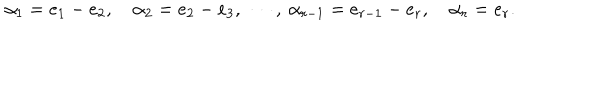
\alpha _ { 1 } = e _ { 1 } - e _ { 2 } , \quad \alpha _ { 2 } = e _ { 2 } - e _ { 3 } , \ \cdots , \ \alpha _ { r - 1 } = e _ { r - 1 } - e _ { r } , \quad \alpha _ { r } = e _ { r } .